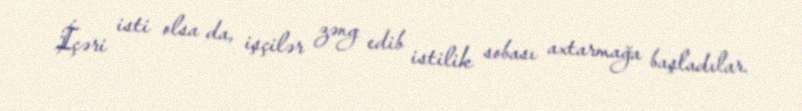
İçəri isti olsa da, işçilər zəng edib istilik sobası axtarmağa başladılar.